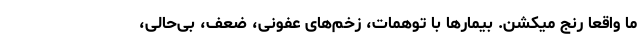
ما واقعاً رنج میکشن. بیمارها با توهمات، زخم‌های عفونی، ضعف، بی‌حالی،